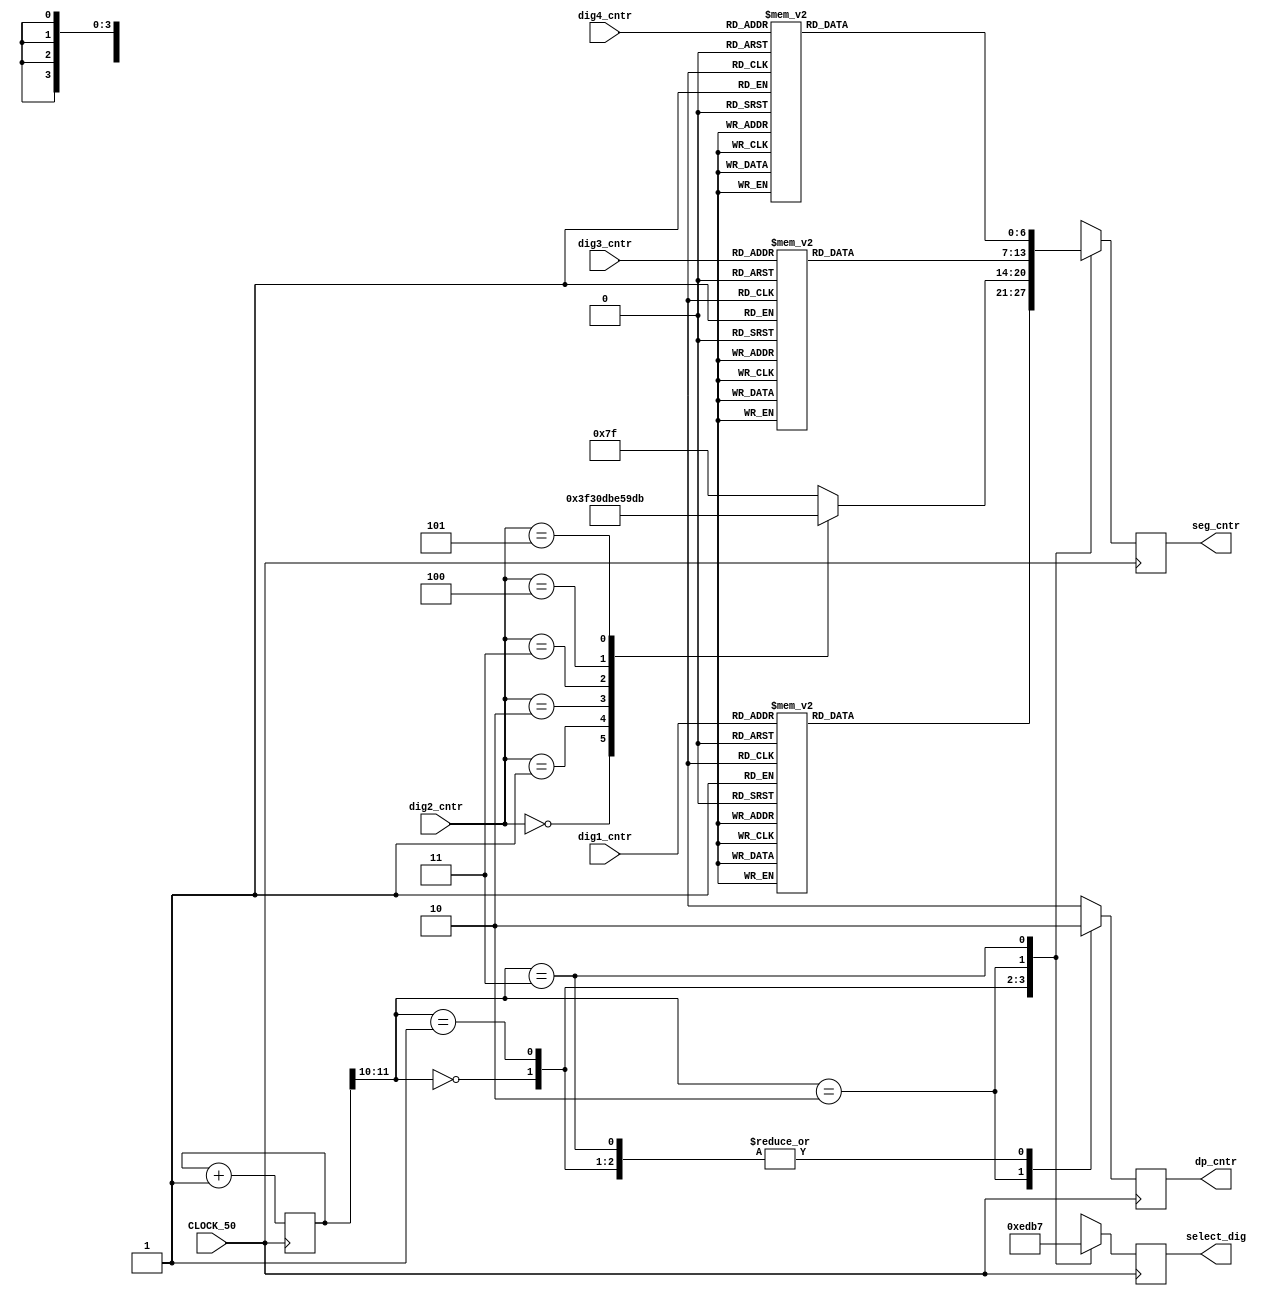
module dynamic_lighting(
	//Clock
	input CLOCK_50,
	input[3:0] dig1_cntr,
	input[3:0] dig2_cntr,
	input[3:0] dig3_cntr,
	input[3:0] dig4_cntr,
	output reg[3:0] select_dig,
	output reg dp_cntr,
	output reg[6:0] seg_cntr
);
	reg[25:0] clock_cntr;
	
	always@(posedge CLOCK_50) begin
		clock_cntr <= #1 clock_cntr + 1;
		case(clock_cntr[11:10])
			0://dig1
			begin
				select_dig <= 4'b1110;
				dp_cntr = 0;
				case (dig1_cntr)
					0 : seg_cntr <= 7'b1111110;
					1 : seg_cntr <= 7'b0110000;
					2 : seg_cntr <= 7'b1101101;
					3 : seg_cntr <= 7'b1111001;
					4 : seg_cntr <= 7'b0110011;
					5 : seg_cntr <= 7'b1011011;
					6 : seg_cntr <= 7'b1011111;
					7 : seg_cntr <= 7'b1110000;
					8 : seg_cntr <= 7'b1111111;
					9 : seg_cntr <= 7'b1111011;
					default : seg_cntr <= 7'b1111111;
				endcase
			end
			1://dig2
			begin
				select_dig = 4'b1101;
				dp_cntr = 0;
				case (dig2_cntr)
					0 : seg_cntr <= 7'b1111110;
					1 : seg_cntr <= 7'b0110000;
					2 : seg_cntr <= 7'b1101101;
					3 : seg_cntr <= 7'b1111001;
					4 : seg_cntr <= 7'b0110011;
					5 : seg_cntr <= 7'b1011011;
					default : seg_cntr <= 7'b1111111;
				 endcase
			end
			2://dig3
			begin
				select_dig = 4'b1011;
				dp_cntr = 1;
				case (dig3_cntr)
					0 : seg_cntr <= 7'b1111110;
					1 : seg_cntr <= 7'b0110000;
					2 : seg_cntr <= 7'b1101101;
					3 : seg_cntr <= 7'b1111001;
					4 : seg_cntr <= 7'b0110011;
					5 : seg_cntr <= 7'b1011011;
					6 : seg_cntr <= 7'b1011111;
					7 : seg_cntr <= 7'b1110000;
					8 : seg_cntr <= 7'b1111111;
					9 : seg_cntr <= 7'b1111011;
					default : seg_cntr <= 7'b1111111;
				endcase
			end
			3://dig4
			begin
				select_dig = 4'b0111;
				dp_cntr = 0;
				case (dig4_cntr)
					0 : seg_cntr <= 7'b1111110;
					1 : seg_cntr <= 7'b0110000;
					2 : seg_cntr <= 7'b1101101;
					3 : seg_cntr <= 7'b1111001;
					4 : seg_cntr <= 7'b0110011;
					5 : seg_cntr <= 7'b1011011;
					6 : seg_cntr <= 7'b1011111;
					7 : seg_cntr <= 7'b1110000;
					8 : seg_cntr <= 7'b1111111;
					9 : seg_cntr <= 7'b1111011;
					default : seg_cntr <= 7'b1111111;
				endcase
			end
		endcase
	end
	
endmodule